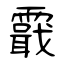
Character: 霵